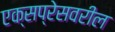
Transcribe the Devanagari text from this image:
एक्सप्रेसवरील